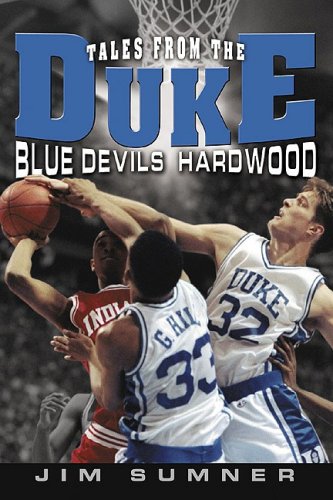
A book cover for Tales from the Duke Blue Devils Hardwood; Jim Sumner; Sports & Outdoors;